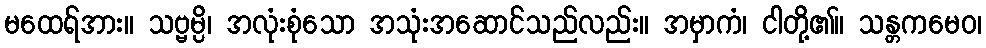
မထေရ်အား။ သဗ္ဗမ္ပိ၊ အလုံးစုံသော အသုံးအဆောင်သည်လည်း။ အမှာကံ၊ ငါတို့၏။ သန္တကမေဝ၊